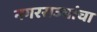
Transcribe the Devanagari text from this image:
नगरराज्यांचा